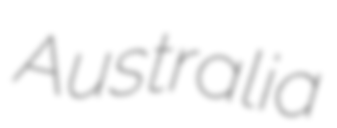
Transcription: Australia